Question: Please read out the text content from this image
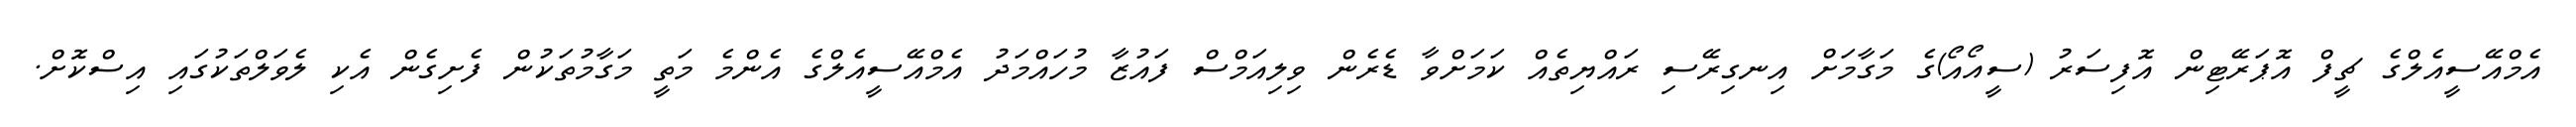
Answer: އެމްއޭސީއެލްގެ ޗީފް އޮޕަރޭޓިން އޮފިސަރު (ސީއޯއޯ)ގެ މަގާމަށް އިނގިރޭސި ރައްޔިތެއް ކަމަށްވާ ޑެރެން ވިލިއަމްސް ފައުޒާ މުހައްމަދު އެމްއޭސީއެލްގެ އެންމެ މަތީ މަގާމުތަކުން ފެށިގެން އެކި ލެވަލްތަކުގައި އިސްކޮށް.